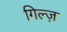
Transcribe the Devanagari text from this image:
गिल्ज़